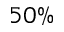
5 0 \%